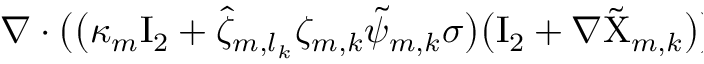
\begin{array} { r l } { \lefteqn { \nabla \cdot \bigl ( \bigl ( \kappa _ { m } \ensuremath { \mathrm { I } _ { 2 } } + \hat { \zeta } _ { m , l _ { k } } \zeta _ { m , k } \tilde { \psi } _ { m , k } \sigma \bigr ) \bigl ( \ensuremath { \mathrm { I } _ { 2 } } + \nabla \tilde { \Chi } _ { m , k } \bigr ) \bigr ) } \qquad } & { { } } \end{array}